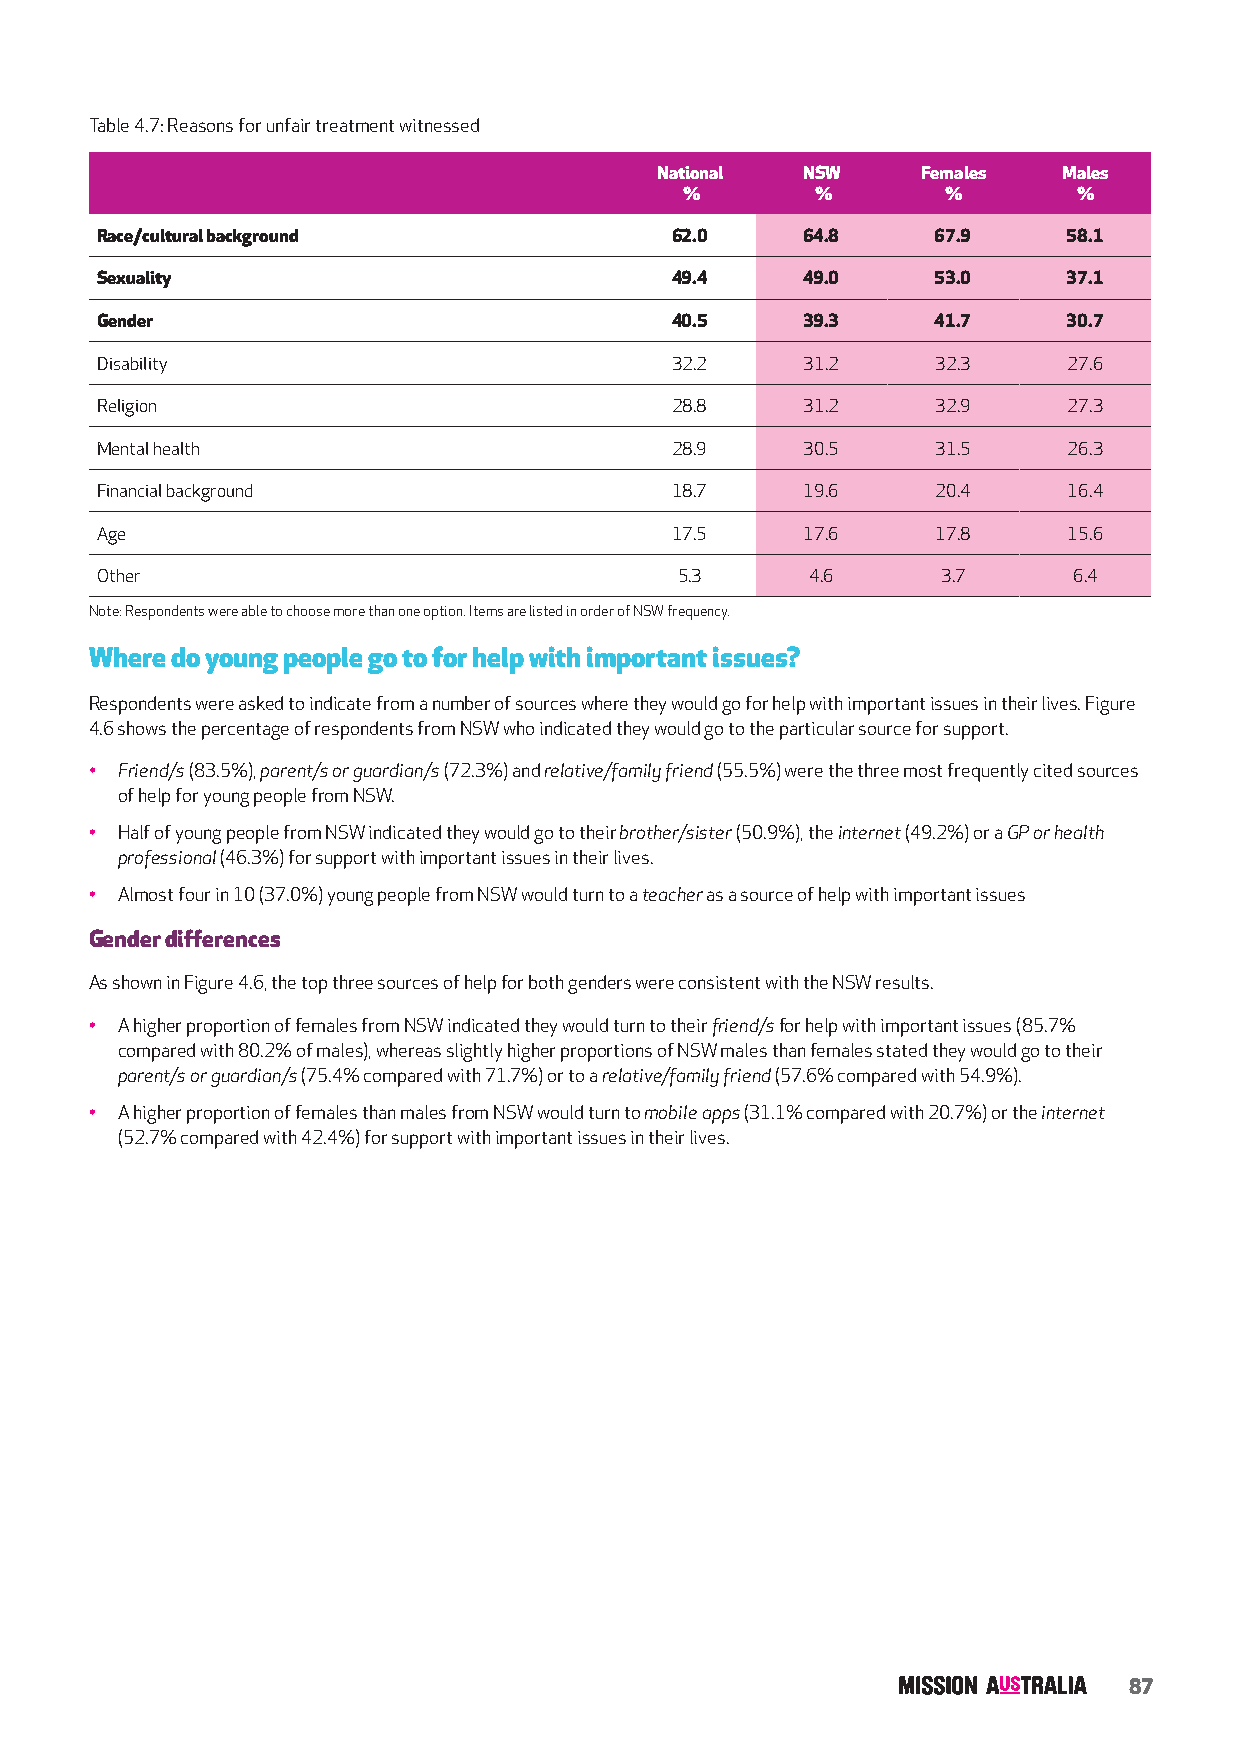
Table 4.7: Reasons for unfair treatment witnessed
 National  NSW     Females  Males
 %        %        %       %
 Race/cultural background              62.0     64.8     67.9     58.1
 Sexuality                             49.4     49.0     53.0     37.1
 Gender                                40.5     39.3     41.7     30.7
 Disability                            32.2     31.2     32.3     27.6
 Religion                              28.8     31.2     32.9     27.3
 Mental health                         28.9     30.5     31.5     26.3
 Financial background                  18.7     19.6     20.4     16.4
 Age                                   17.5     17.6     17.8     15.6
 Other                                  5.3      4.6     3.7      6.4
 Note: Respondents were able to choose more than one option. Items are listed in order of NSW frequency.
 Where do young people go to for help with important issues?
 Respondents were asked to indicate from a number of sources where they would go for help with important issues in their lives. Figure
 4.6 shows the percentage of respondents from NSW who indicated they would go to the particular source for support.
 • Friend/s (83.5%), parent/s or guardian/s (72.3%) and relative/family friend (55.5%) were the three most frequently cited sources
 of help for young people from NSW.
 • Half of young people from NSW indicated they would go to their brother/sister (50.9%), the internet (49.2%) or a GP or health
 professional (46.3%) for support with important issues in their lives.
 • Almost four in 10 (37.0%) young people from NSW would turn to a teacher as a source of help with important issues
 Gender differences
 As shown in Figure 4.6, the top three sources of help for both genders were consistent with the NSW results.
 • A higher proportion of females from NSW indicated they would turn to their friend/s for help with important issues (85.7%
 compared with 80.2% of males), whereas slightly higher proportions of NSW males than females stated they would go to their
 parent/s or guardian/s (75.4% compared with 71.7%) or to a relative/family friend (57.6% compared with 54.9%).
 • A higher proportion of females than males from NSW would turn to mobile apps (31.1% compared with 20.7%) or the internet
 (52.7% compared with 42.4%) for support with important issues in their lives.
 87